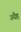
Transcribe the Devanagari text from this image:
ज्यैष्ठ